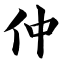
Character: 仲